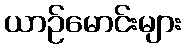
ယာဉ်မောင်းများ